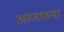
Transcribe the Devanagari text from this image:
आणावया